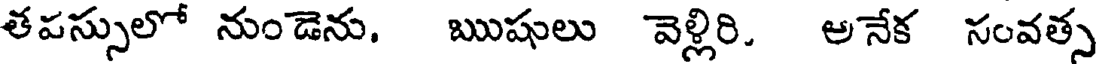
తపస్సులో నుండెను. ఋషులు వెళ్లిరి. అనేక సంవత్స